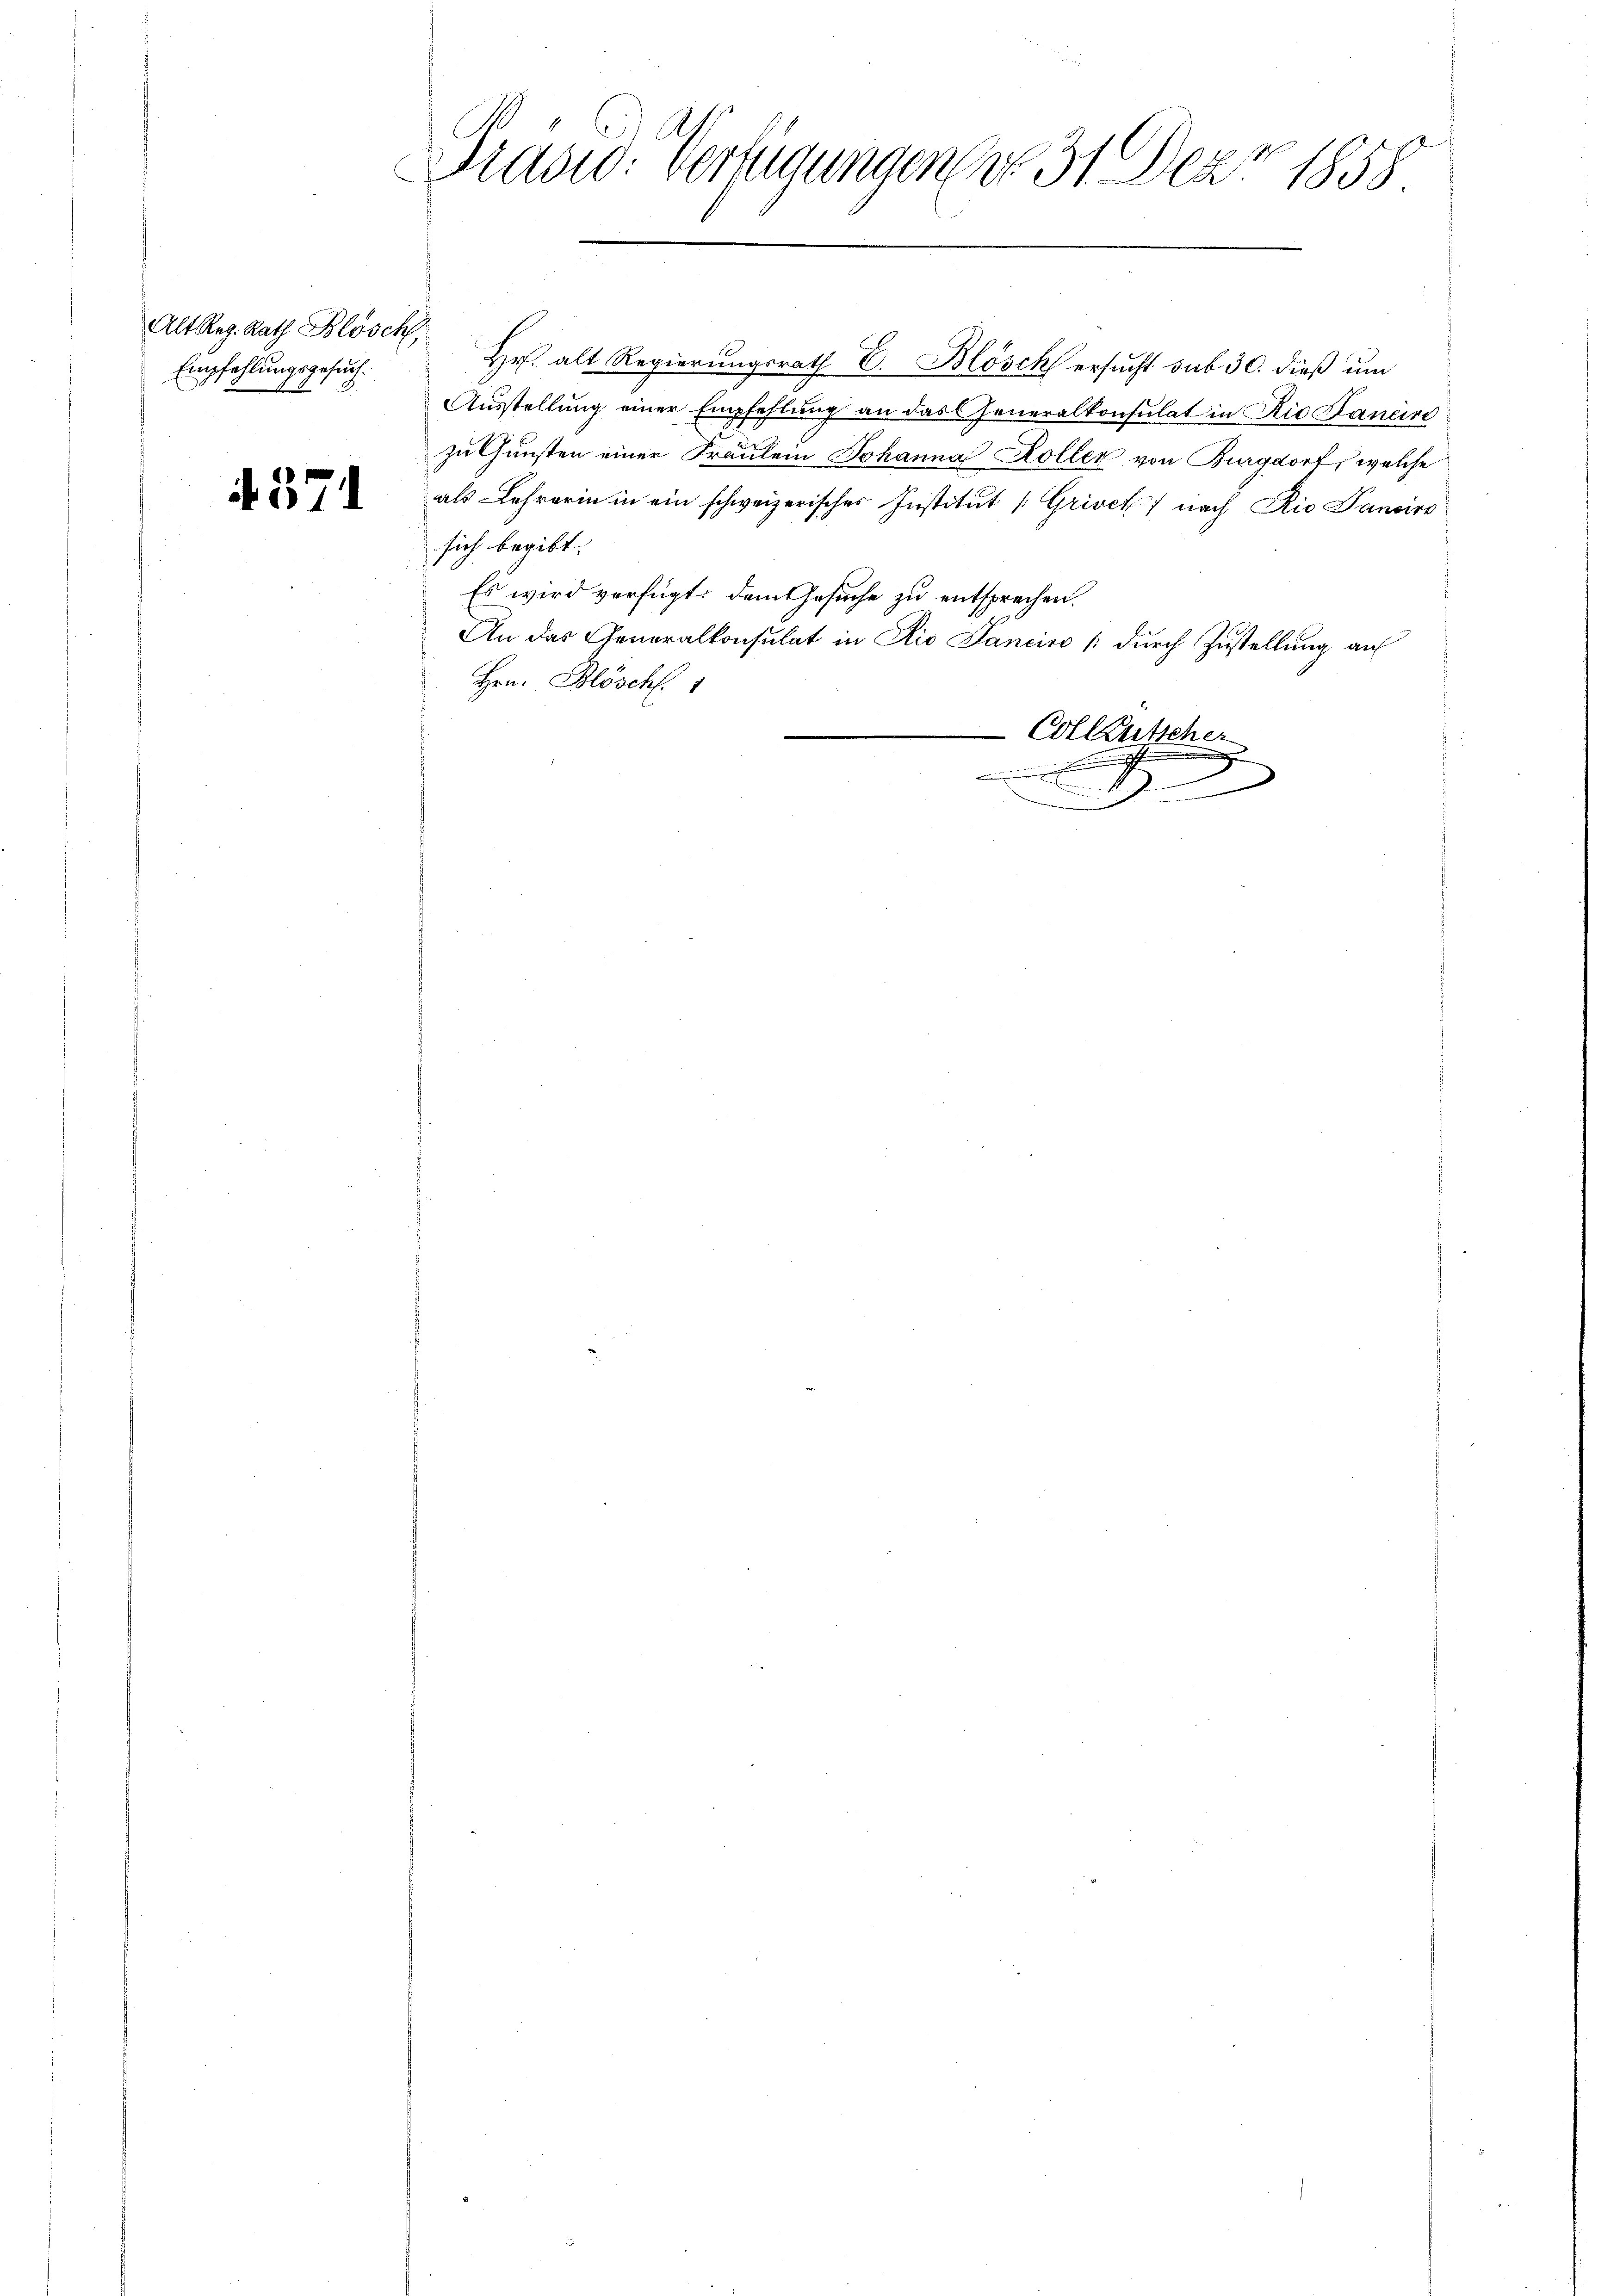
Alt Reg. Rath Blösch,
Empfehlungsgesuch.

371

Präsid. Verfügungen der 31 Dez. 1858

Hr. alt Regierungsrath E. Blösch ersucht sub 30. dieß um
Ausstellung einer Empfehlung an das Generalkonsulat in Rio Bancire
zu Gunsten einer Fräulein Johanna Koller von Burgdorf, welche
als Lehrerin in ein schweizerisches Institut (Griven) nach Rio Pancire
sich begibt.
Es wird verfügt: dem Gesuche zu entsprechen.
An das Generalkonsulat in Rio Janeiro /: durch Zustellung auf
Hrn. Blöscht. 1
-Colleutscher
.

1